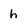
Character: h